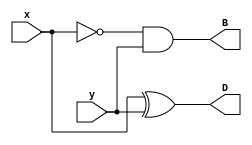
module Lab2_half_sub_gatelevel(input x, y, output B, D);
	wire not_x;
	not (not_x, x);
	xor #(4) (D, x, y);
	and #(2) (B, not_x, y);
endmodule